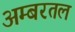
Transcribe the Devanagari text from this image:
अम्बरतल